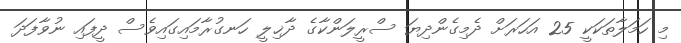
މި ހަމަލާތަކަކީ 25 އަހަރަށް ދެމިގެންދިޔަ ސްރީލަންކާގެ ދާޚިލީ ހަނގުރާމައިގައިވެސް ދީފައި ނުވާފަދަ